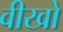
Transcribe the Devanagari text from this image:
वीखो